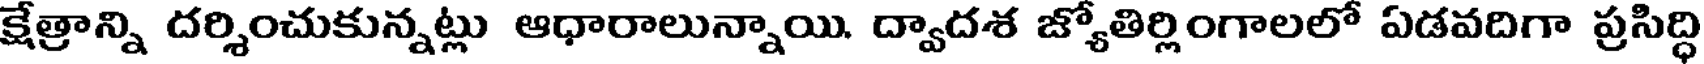
క్షేత్రాన్ని దర్శించుకున్నట్లు ఆధారాలున్నాయి. ద్వాదశ జ్యోతిర్లింగాలలో ఏడవదిగా ప్రసిద్ధి